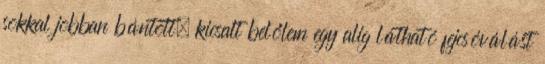
sokkal jobban bántott, kicsalt belőlem egy alig látható fejcsóválást